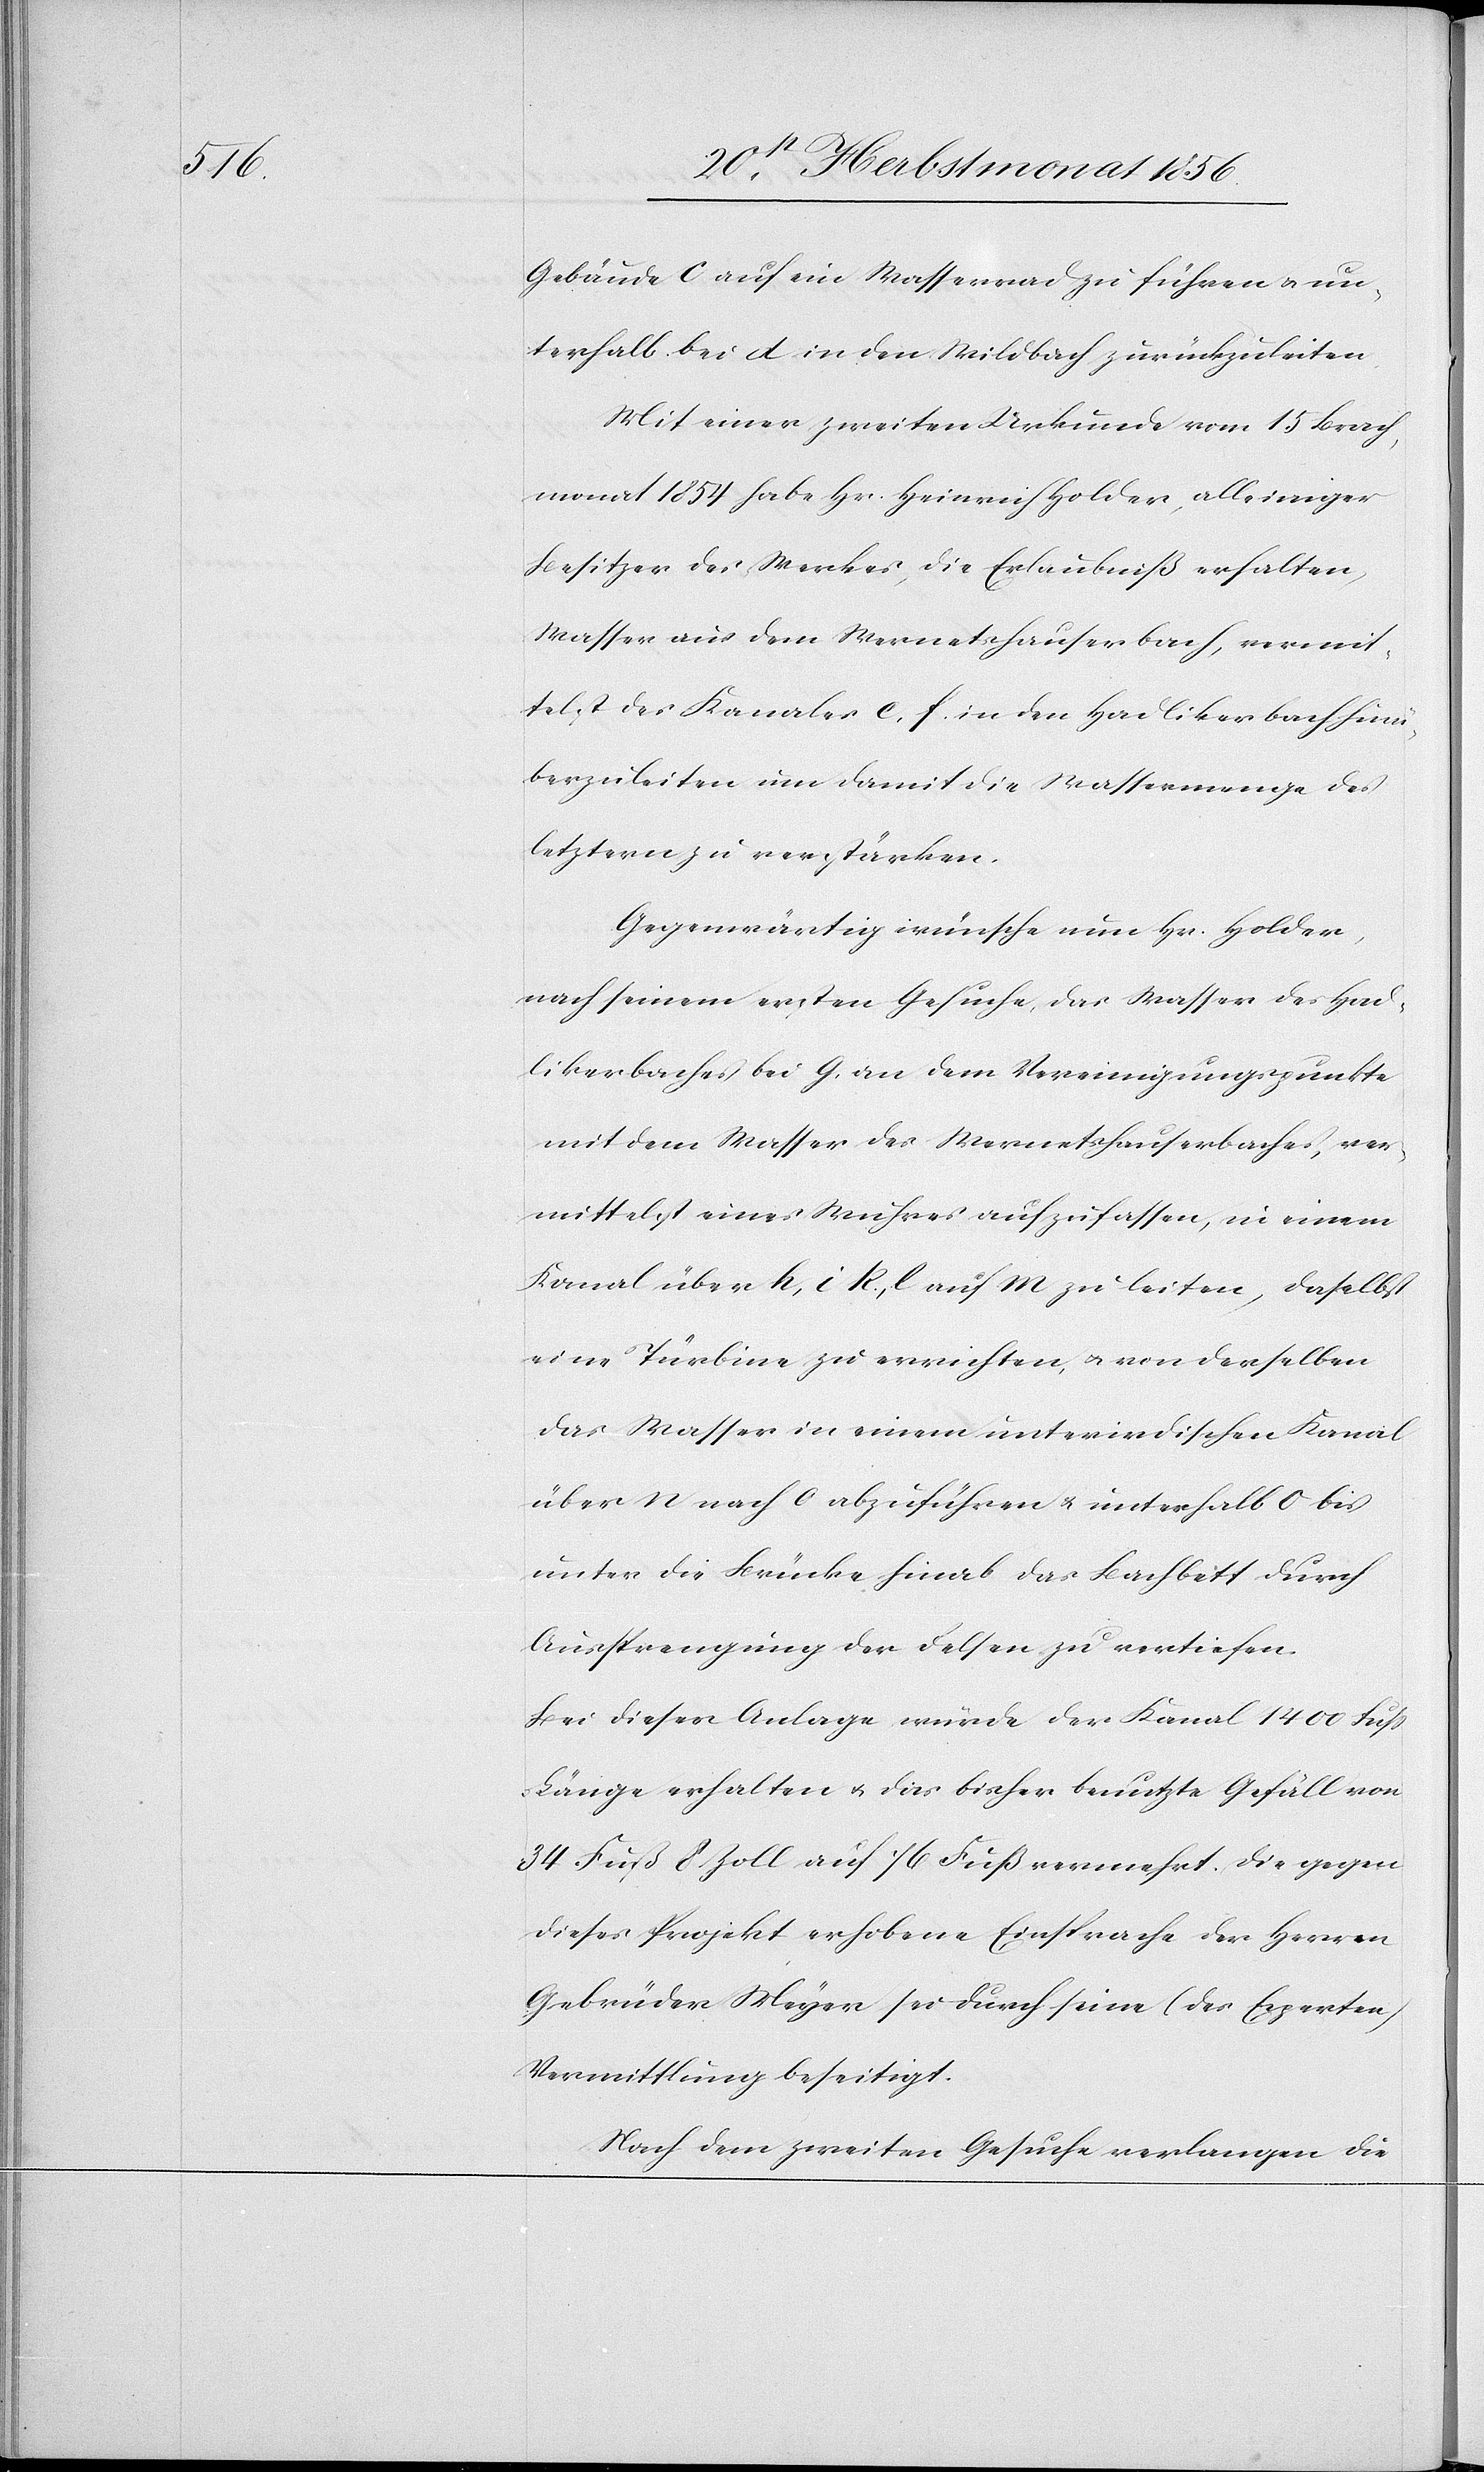
Gebäude c auf ein Wasserrad zu führen u. un¬
terhalb bei d in den Wildbach zurückzuleiten.
Mit einer zweiten Urkunde vom 15 Brach¬
monat 1854 habe Hr. Heinrich Holder, alleiniger
Besitzer des Werkes, die Erlaubniß erhalten,
Wasser aus dem Wernetshauserbach, vermit¬
telst des Kanales e, f. in den Hadlikerbach hin¬
überzuleiten um damit die Wassermenge des
letztern zu verstärken.
Gegenwärtig wünsche nun Hr. Holder,
nach seinem ersten Gesuche, das Wasser des Had¬
likerbaches bei g, an dem Vereinigungspunkte
mit dem Wasser des Wernetshauserbaches, ver¬
mittelst eines Wuhres aufzufassen, in einem
Kanal über h, i[,] k., l auf m zu leiten, daselbst
eine Türbine zu errichten, u. von derselben
das Wasser in einem unterirdischen Kanal
über n nach o abzuführen & unterhalb o bis
unter die Brücke hinab das Bachbett durch
Aussprengung der Felsen zu vertiefen.
Bei dieser Anlage würde der Kanal 1400 Fuss
Länge erhalten u. das bisher benutzte Gefäll von
34 Fuß 8 Zoll auf 76 Fuß vermehrt. Die gegen
dieses Projekt erhobene Einsprache der Herren
Gebrüder Meyer sei durch seine (des Experten)
Vermittlung beseitigt.
Nach dem zweiten Gesuche verlangen die